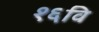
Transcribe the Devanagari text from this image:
१६वि